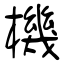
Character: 機